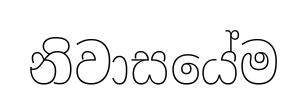
නිවාසයේම